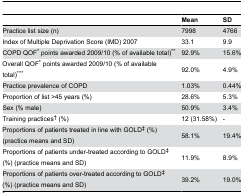
|  | Mean | SD |
 | --- | --- | --- |
 | Practice list size (n) | 7998 | 4766 |
 | Index of Multiple Deprivation Score (IMD) 2007 | 33.1 | 9.9 |
 | COPD QOF* points awarded 2009/10 (% of available total)** | 92.9% | 15.6% |
 | Overall QOF* points awarded 2009/10 (% of available total)*** | 92.0% | 4.9% |
 | Practice prevalence of COPD | 1.03% | 0.44% |
 | Proportion of list >45 years (%) | 28.6% | 5.3% |
 | Sex (% male) | 50.9% | 3.4% |
 | Training practices† (%) | 12 (31.58%) | - |
 | Proportions of patients treated in line with GOLD‡ (%) (practice means and SD) | 58.1% | 19.4% |
 | Proportions of patients under-treated according to GOLD‡ (%) (practice means and SD) | 11.9% | 8.9% |
 | Proportions of patients over-treated according to GOLD‡ (%) (practice means and SD) | 39.2% | 19.0% |